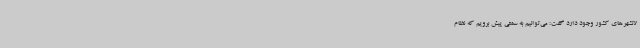
لانشهرهای کشور وجود دارد گفت: می‌توانیم به سمتی پیش برویم که نظام